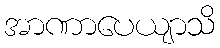
အာဏာပေယျာသိ